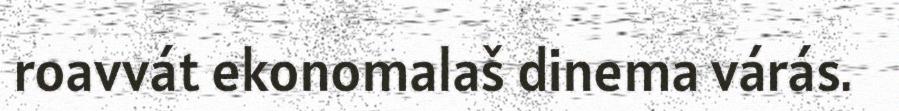
roavvát ekonomalaš dinema várás.